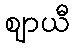
ဈာယီ